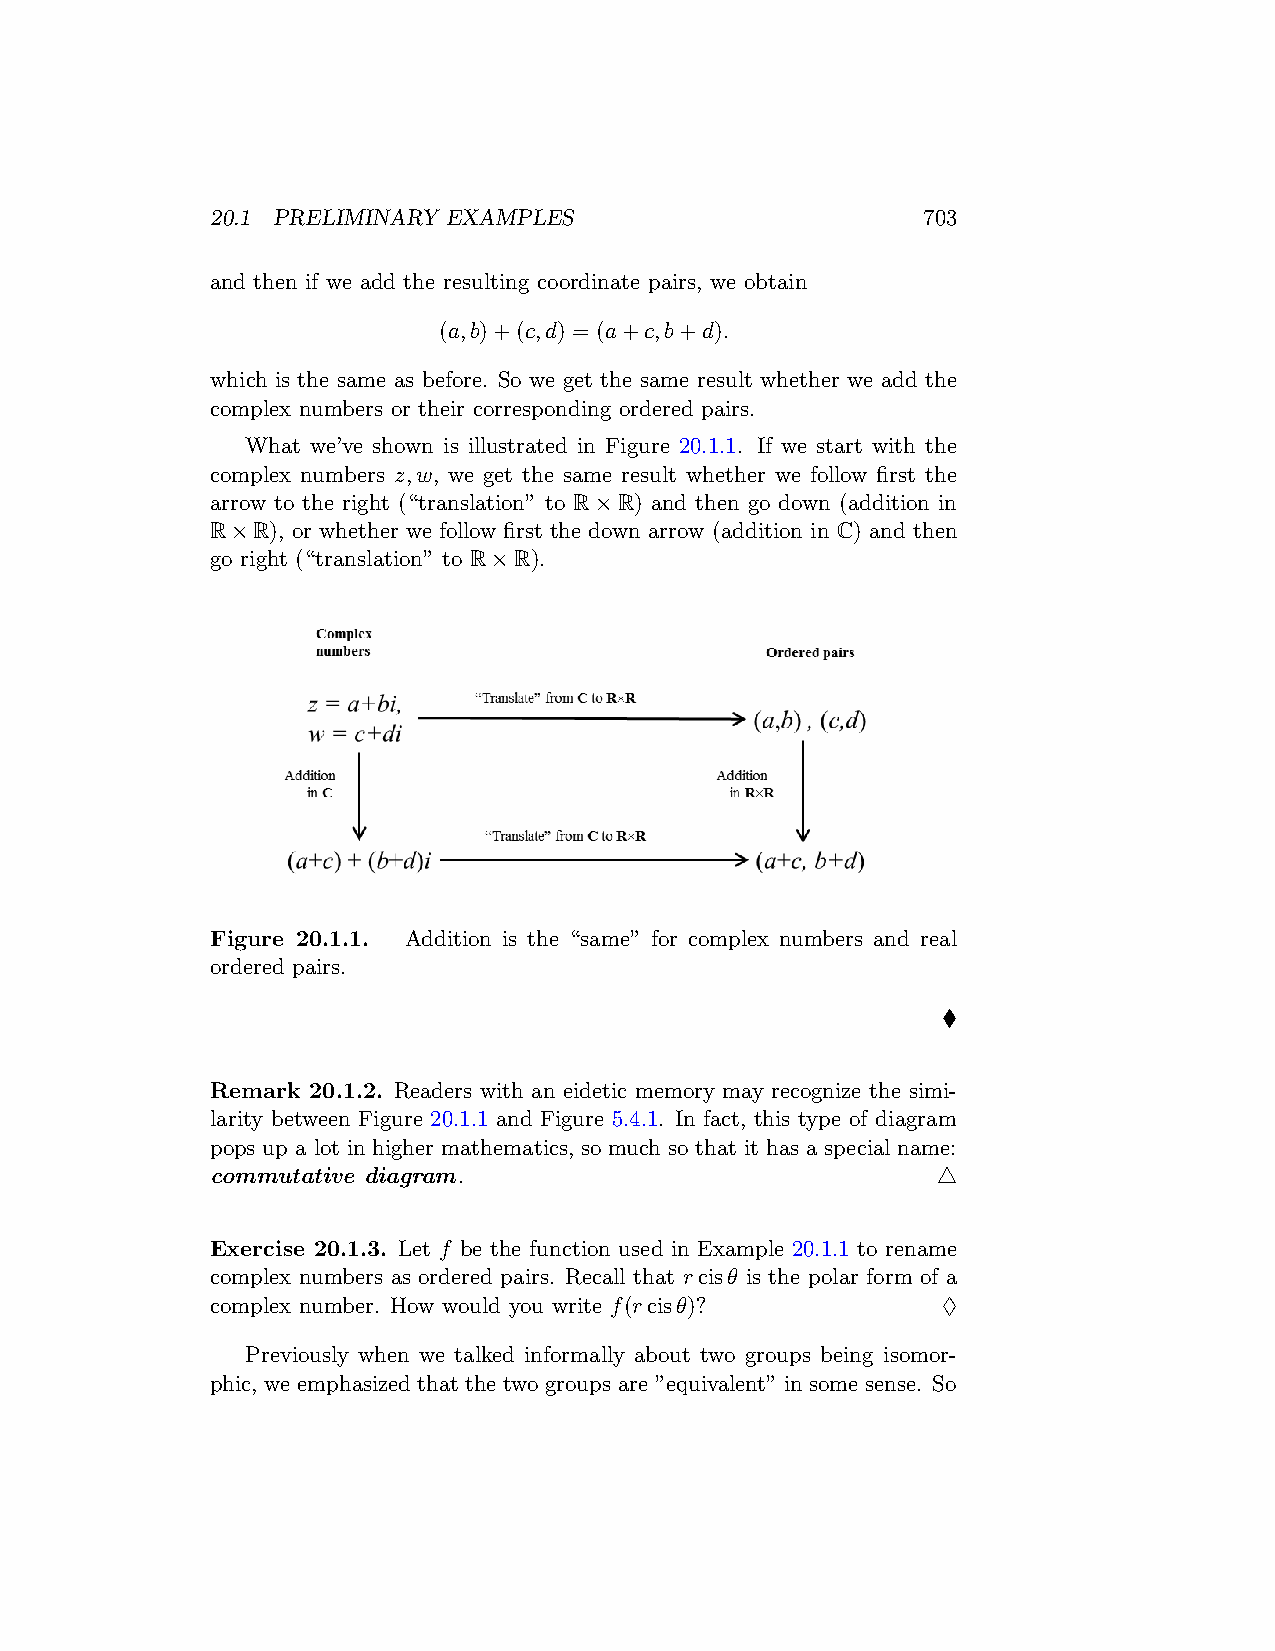
20.1 PRELIMINARY EXAMPLES                      703
 and then if we add the resulting coordinate pairs, we obtain
 (a,b)+(c,d) = (a+c,b+d).
 which is the same as before. So we get the same result whether we add the
 complex numbers or their corresponding ordered pairs.
 What we’ve shown is illustrated in Figure 20.1.1. If we start with the
 complex numbers z,w, we get the same result whether we follow first the
 arrow to the right (“translation” to R×R) and then go down (addition in
 R×R), or whether we follow first the down arrow (addition in C) and then
 go right (“translation” to R×R).
 Figure 20.1.1. Addition is the “same” for complex numbers and real
 ordered pairs.
 ♦
 Remark 20.1.2. Readers with an eidetic memory may recognize the simi-
 larity between Figure 20.1.1 and Figure 5.4.1. In fact, this type of diagram
 pops up a lot in higher mathematics, so much so that it has a special name:
 commutative diagram.                            △
 Exercise 20.1.3. Let f be the function used in Example 20.1.1 to rename
 complex numbers as ordered pairs. Recall that rcisθ is the polar form of a
 complex number. How would you write f(rcisθ)?   ♢
 Previously when we talked informally about two groups being isomor-
 phic, we emphasized that the two groups are ”equivalent” in some sense. So